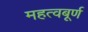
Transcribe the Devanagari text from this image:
महत्वबूर्ण